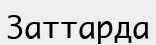
Заттарда